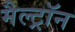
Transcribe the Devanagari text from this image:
मैल्ट्रॉन